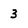
Character: 3